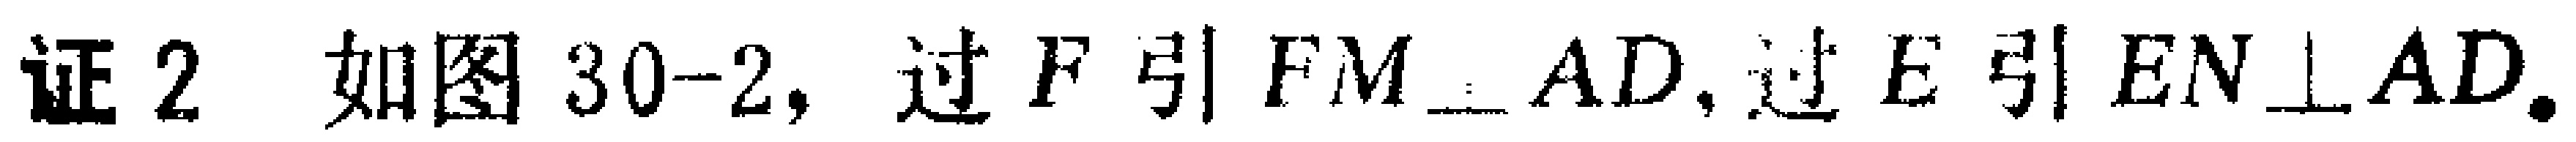
证2 如图30-2, 过\(F\)引\(FM\perp AD\), 过\(E\)引\(EN\perp AD\).